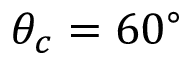
\theta _ { c } = 6 0 ^ { \circ }